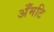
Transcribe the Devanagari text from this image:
अँमटि